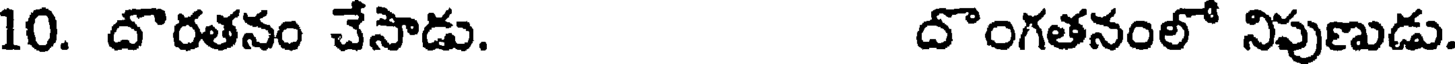
10. దొరతనం చేసాడు. దొంగతనంలో నిపుణుడు.